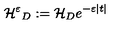
{ \cal { H ^ { \varepsilon } } } _ { D } : = { \cal { H } } _ { D } e ^ { - \varepsilon | t | }